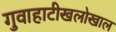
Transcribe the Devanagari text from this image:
गुवाहाटीखलोखाल